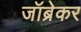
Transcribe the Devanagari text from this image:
जॉब्रेकर